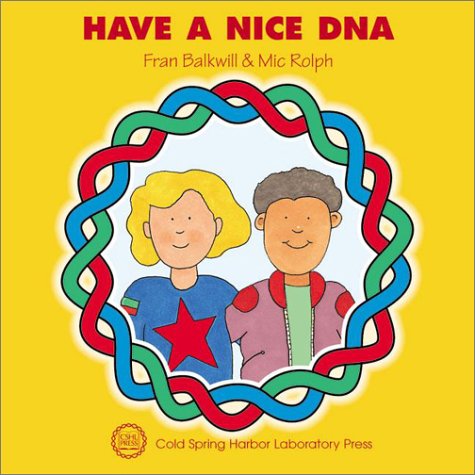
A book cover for Have a Nice DNA (Enjoy Your Cells); Fran Balkwill; Computers & Technology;